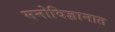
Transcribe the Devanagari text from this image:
मनोविज्ञानात